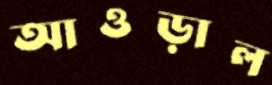
আওড়াল